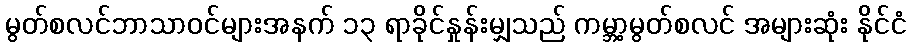
မွတ်စလင်ဘာသာဝင်များအနက် ၁၃ ရာခိုင်နှုန်းမျှသည် ကမ္ဘာ့မွတ်စလင် အများဆုံး နိုင်ငံ